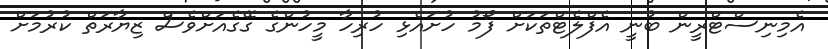
އެމިނިސްޓްރީން ބުނީ އެފްލެޓްތަކަށް ފޯމު ހުށައެޅި ހުރިހާ މީހުންގެ ގޭގެއަށްވެސް ޒިޔާރަތް ކުރުމަށް